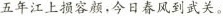
五年江上损容颜，今日春风到武关。